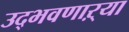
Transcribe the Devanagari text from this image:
उद्‌भवणाऱ्या